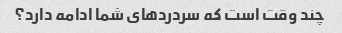
چند وقت است که سردردهای شما ادامه دارد؟